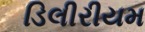
ડિલીરીયમ